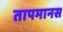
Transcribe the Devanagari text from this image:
तापमानस